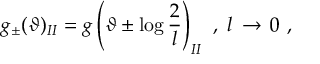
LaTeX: g _ { \pm } ( \vartheta ) _ { I I } = g \left( \vartheta \pm \log \displaystyle \frac { 2 } { l } \right) _ { I I } \, \, , \, \, l \, \rightarrow \, 0 \, \, ,